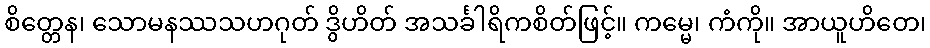
စိတ္တေန၊ သောမနဿသဟဂုတ် ဒွိဟိတ် အသင်္ခါရိကစိတ်ဖြင့်။ ကမ္မေ၊ ကံကို။ အာယူဟိတေ၊